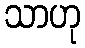
သာဟု